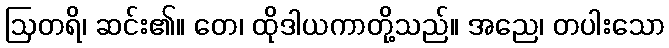
ဩတရိ၊ ဆင်း၏။ တေ၊ ထိုဒါယကာတို့သည်။ အညေ၊ တပါးသော